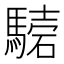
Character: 𩥟